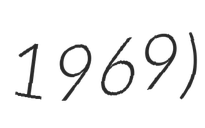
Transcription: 1969)